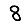
Digit: 8